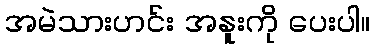
အမဲသားဟင်း အနူးကို ပေးပါ။